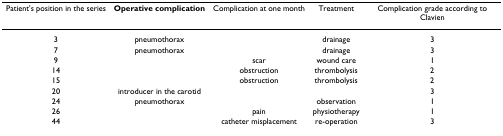
| Patient's position in the series | Operative complication | Complication at one month | Treatment | Complication grade according to Clavien |
 | --- | --- | --- | --- | --- |
 | 3 | pneumothorax |  | drainage | 3 |
 | 7 | pneumothorax |  | drainage | 3 |
 | 9 |  | scar | wound care | 1 |
 | 14 |  | obstruction | thrombolysis | 2 |
 | 15 |  | obstruction | thrombolysis | 2 |
 | 20 | introducer in the carotid |  |  | 3 |
 | 24 | pneumothorax |  | observation | 1 |
 | 26 |  | pain | physiotherapy | 1 |
 | 44 |  | catheter misplacement | re-operation | 3 |